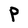
Character: P